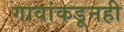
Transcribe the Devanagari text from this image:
गावांकडूनही